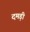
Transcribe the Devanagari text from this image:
दमड़ी